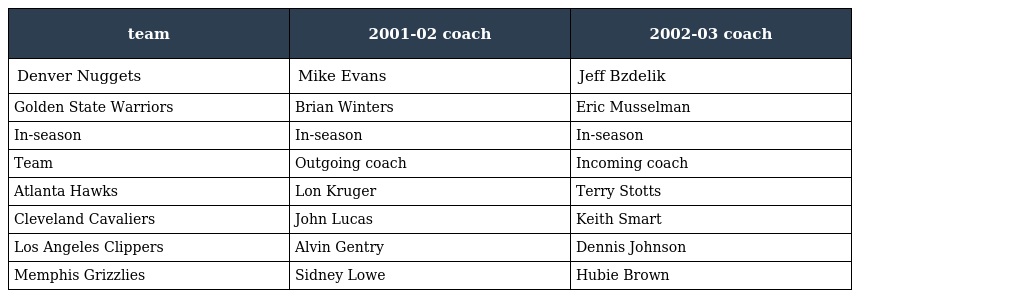
| team | 2001-02 coach | 2002-03 coach |
 | --- | --- | --- |
 | Denver Nuggets | Mike Evans | Jeff Bzdelik |
 | Golden State Warriors | Brian Winters | Eric Musselman |
 | In-season | In-season | In-season |
 | Team | Outgoing coach | Incoming coach |
 | Atlanta Hawks | Lon Kruger | Terry Stotts |
 | Cleveland Cavaliers | John Lucas | Keith Smart |
 | Los Angeles Clippers | Alvin Gentry | Dennis Johnson |
 | Memphis Grizzlies | Sidney Lowe | Hubie Brown |